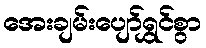
အေးချမ်းပျော်ရွှင်စွာ